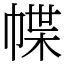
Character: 幉